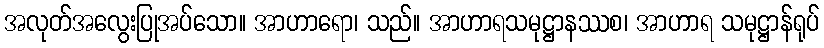
အလုတ်အလွေးပြုအပ်သော။ အာဟာရော၊ သည်။ အာဟာရသမုဋ္ဌာနဿစ၊ အာဟာရ သမုဋ္ဌာန်ရုပ်